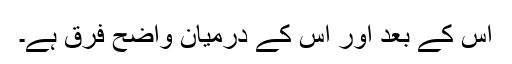
اس کے بعد اور اس کے درمیان واضح فرق ہے۔